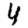
Digit: 4